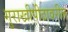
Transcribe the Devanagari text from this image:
गुराखीपीठावरील